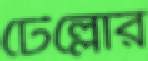
টেল্লোর